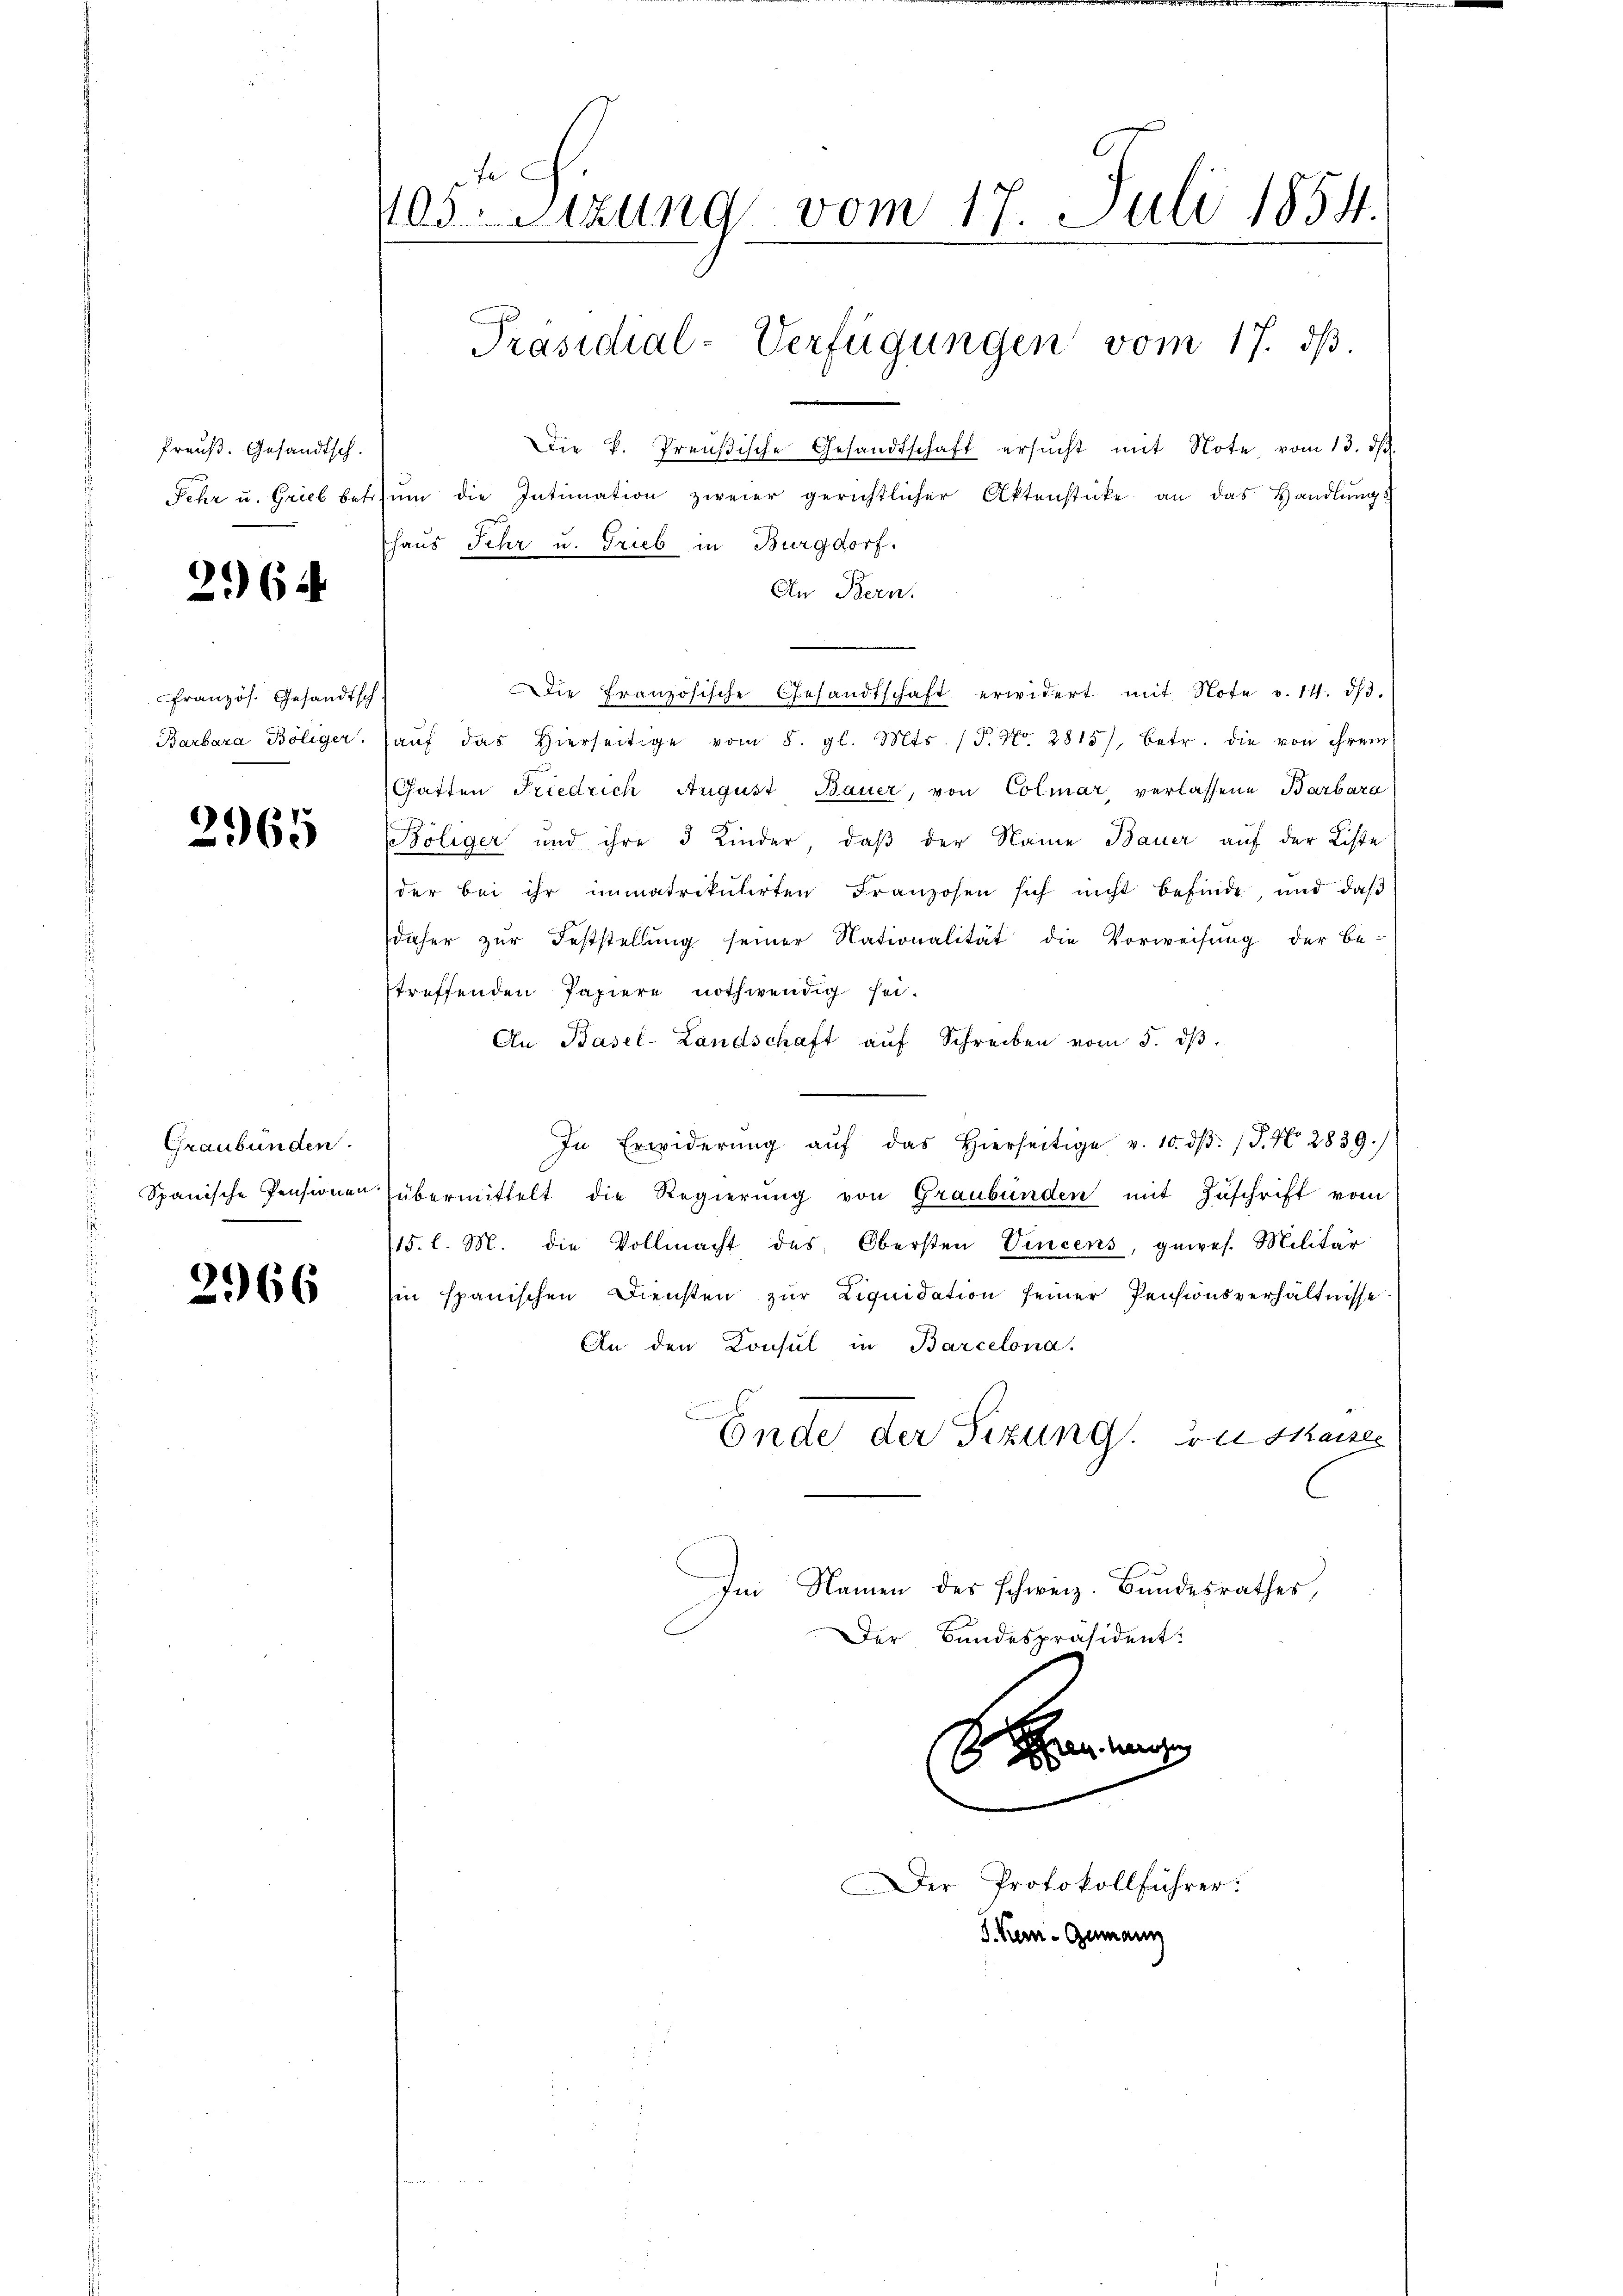
Preuß. Gesandtsch.

2. 64

Französ. Gesandtsch
Barbara Böliger.

2965

Graubünden.

2966

705. Sitzung vom 17. Juli 1854.
Präsidial-Verfügungen vom 17. ds.

Die k. Preußische Gesandtschaft ersŭcht mit Note, vom 13. ds.
Fehr u. Grieb betrŭm die Intimation zweier gerichtlicher Aktenstücke an das Handlŭng
An Bern.
Die Französische Gesandtschaft erwidert mit Note v. 14. dβ.
aŭf das hierseitige vom 8. gl. Mts. (T. No. 2815), betr. die von ihrem
Gatten Friedrich August Bauer, von Colmar, verlassene Barbara
Böliger und ihre 3 Kinder, daβ der Name Bauer auf der Liste
der bei ihr immatrikulirten Franzosen sich nicht befinde, und daβ
daher zur Feststellung seiner Nationalität die Vorweisung der be-
treffenden Papiere nothwendig sei.
An Basel-Landschaft aŭf Schreiben vom 5. dβ.
In Erwiderŭng aŭf das hierseitige v. 10. dβ. /J. N. 2839.)
Spanische Pensionen übermittelt die Regierŭng von Graubünden mit Zŭschrift vom
15. l. M. die Vollmacht des Obersten Vincens, gewes. Militär
in spanischen Diensten zur Liquidation seiner Pensionsverhältnisse
An den Konsul in Barcelona.
Ende der Sizung. von Skaises
Im Namen des schweiz. Bundesrathes,
Der Bundespräsident:
 an

haus Sehr u. Grieb in Burgdorf.

Der Protokollführer:

J. Kei-Gumann